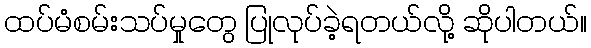
ထပ်မံစမ်းသပ်မှုတွေ ပြုလုပ်ခဲ့ရတယ်လို့ ဆိုပါတယ်။